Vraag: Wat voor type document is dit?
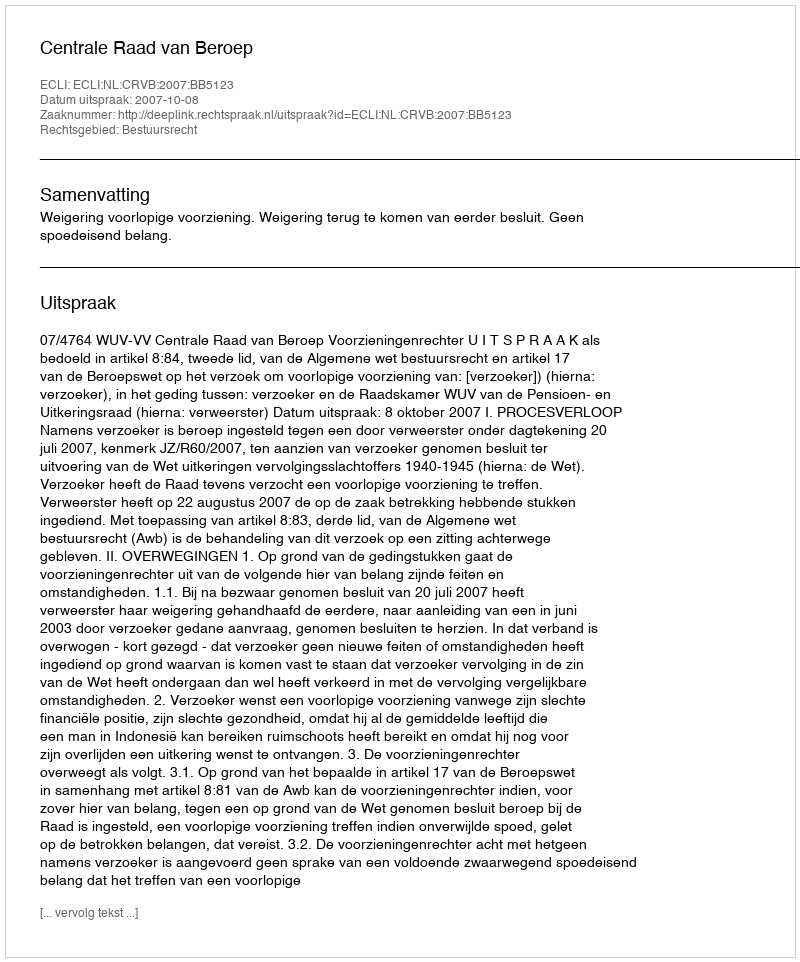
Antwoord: Uitspraak